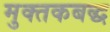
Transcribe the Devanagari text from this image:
मुक्तकबद्ध